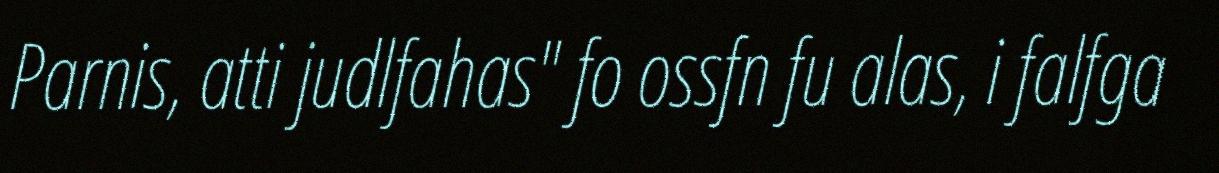
Parnis, atti judlfahas" fo ossfn fu alas, i falfga